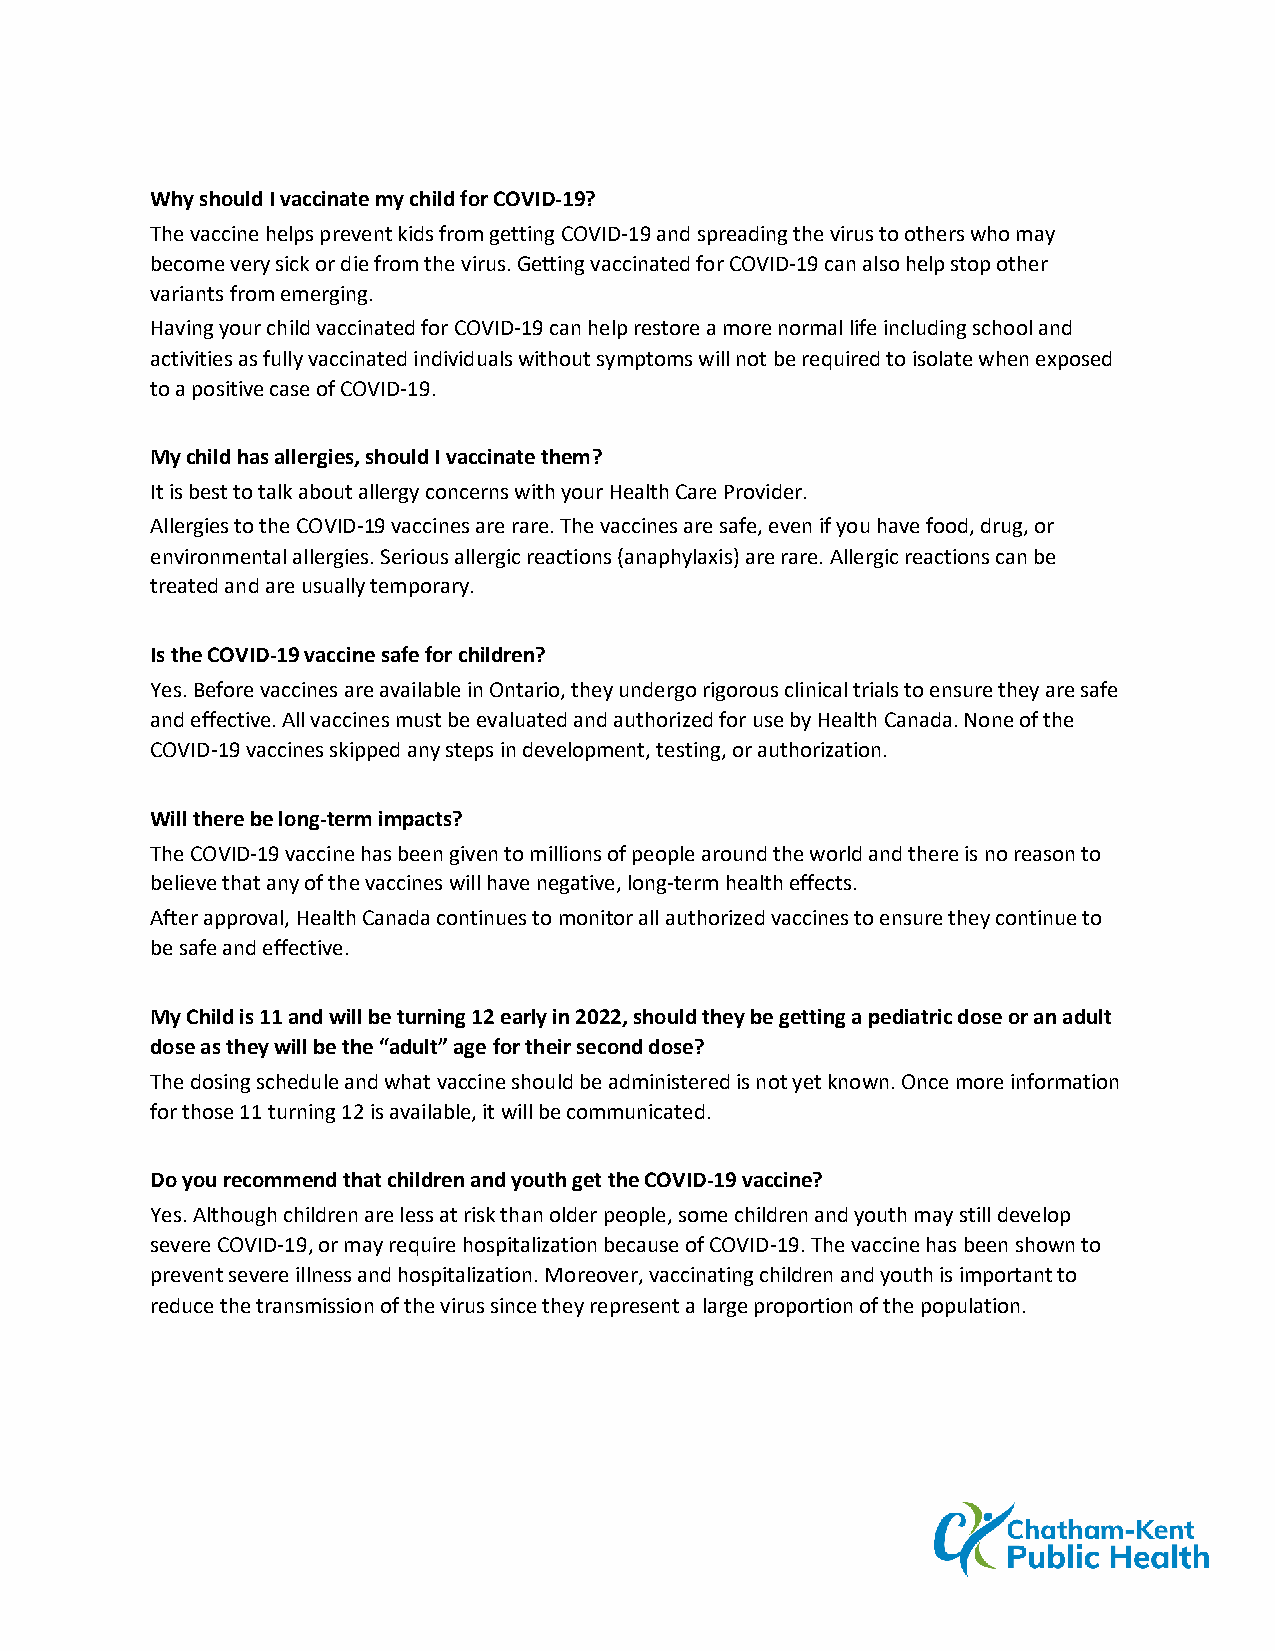
Why should I vaccinate my child for COVID-19?
 The vaccine helps prevent kids from getting COVID-19 and spreading the virus to others who may
 become very sick or die from the virus. Getting vaccinated for COVID-19 can also help stop other
 variants from emerging.
 Having your child vaccinated for COVID-19 can help restore a more normal life including school and
 activities as fully vaccinated individuals without symptoms will not be required to isolate when exposed
 to a positive case of COVID-19.
 My child has allergies, should I vaccinate them?
 It is best to talk about allergy concerns with your Health Care Provider.
 Allergies to the COVID-19 vaccines are rare. The vaccines are safe, even if you have food, drug, or
 environmental allergies. Serious allergic reactions (anaphylaxis) are rare. Allergic reactions can be
 treated and are usually temporary.
 Is the COVID-19 vaccine safe for children?
 Yes. Before vaccines are available in Ontario, they undergo rigorous clinical trials to ensure they are safe
 and effective. All vaccines must be evaluated and authorized for use by Health Canada. None of the
 COVID-19 vaccines skipped any steps in development, testing, or authorization.
 Will there be long-term impacts?
 The COVID-19 vaccine has been given to millions of people around the world and there is no reason to
 believe that any of the vaccines will have negative, long-term health effects.
 After approval, Health Canada continues to monitor all authorized vaccines to ensure they continue to
 be safe and effective.
 My Child is 11 and will be turning 12 early in 2022, should they be getting a pediatric dose or an adult
 dose as they will be the “adult” age for their second dose?
 The dosing schedule and what vaccine should be administered is not yet known. Once more information
 for those 11 turning 12 is available, it will be communicated.
 Do you recommend that children and youth get the COVID-19 vaccine?
 Yes. Although children are less at risk than older people, some children and youth may still develop
 severe COVID-19, or may require hospitalization because of COVID-19. The vaccine has been shown to
 prevent severe illness and hospitalization. Moreover, vaccinating children and youth is important to
 reduce the transmission of the virus since they represent a large proportion of the population.